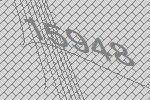
15948